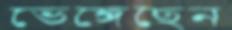
ভেঙ্গেছেন